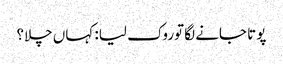
پوتا جانے لگا توروک لیا: کہاں چلا؟